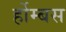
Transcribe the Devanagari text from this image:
र्होम्बस